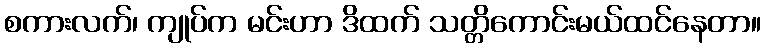
စကားလက်၊ ကျုပ်က မင်းဟာ ဒိထက် သတ္တိကောင်းမယ်ထင်နေတာ။